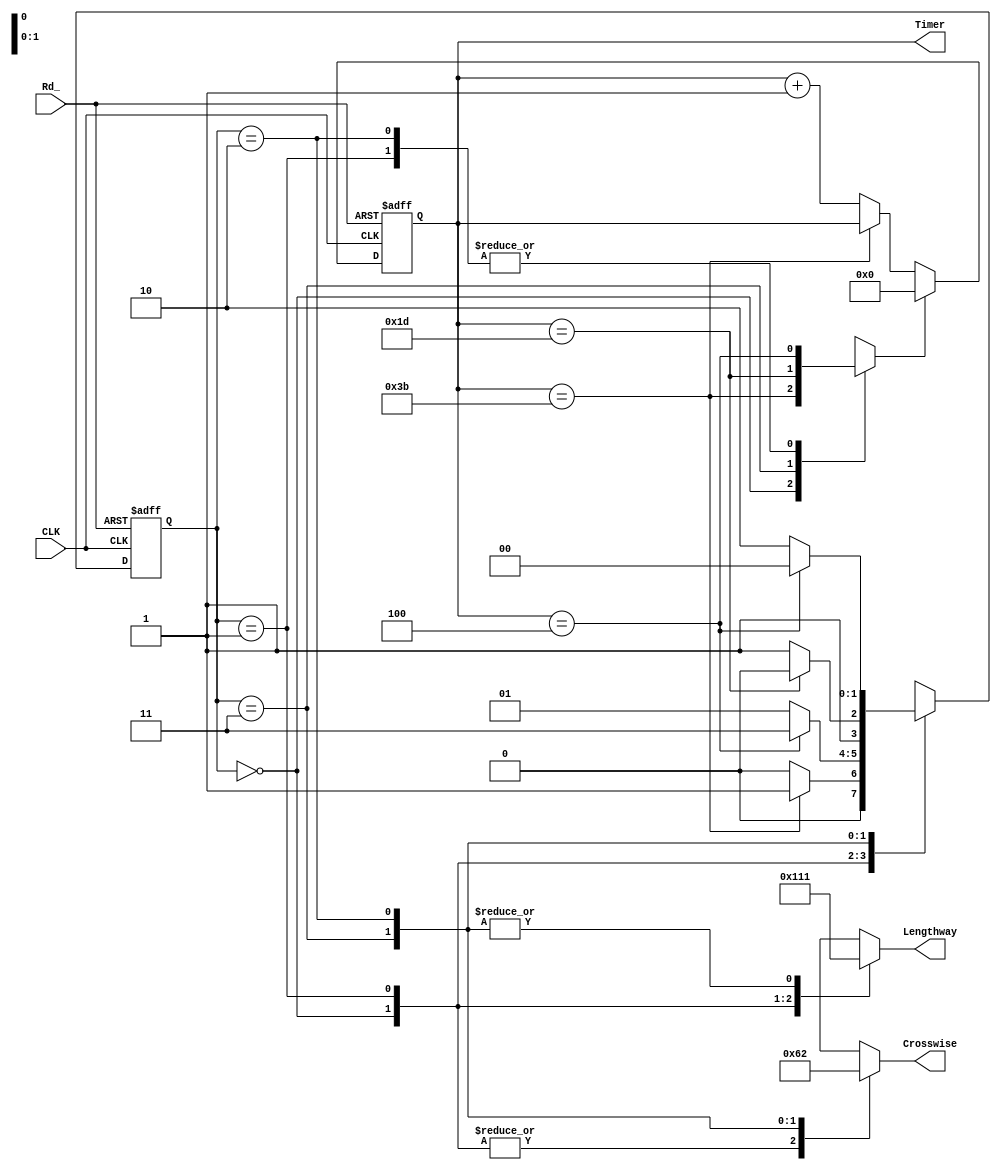
// 
module traffic (
    input CLK, Rd_,    // CLKRd_
    output reg[2:0] Lengthway, Crosswise,   // 
    output reg [5:0] Timer    // 
  );

  // 
  parameter S0 = 2'b00, S1 = 2'b01, S2 = 2'b11, S3 = 2'b10;
  // 
  wire Tl, Ts, Ty;
  // 
  reg St;
  reg [1:0] CurrentState, NextState;

  // 
  always @(posedge CLK, negedge Rd_)
  begin
    if(~Rd_)
      Timer = 0;
    else if(St)
      Timer = 0;
    else if(Timer==59)
      Timer = Timer;
    else
      Timer = Timer + 1;
  end
  assign Ty = Timer == 4;
  assign Ts = Timer == 29;
  assign Tl = Timer == 59;

  // 
  always @(posedge CLK, negedge Rd_)
  begin
    if(~Rd_)
      CurrentState <= S0;
    else
      CurrentState <= NextState;
  end

  // 
  always @(CurrentState, Tl, Ts, Ty)
  begin
    case(CurrentState)
      S0 :
      begin
        NextState <= Tl ? S1: S0;
        St <= Tl;
      end
      S1 :
      begin
        NextState <= Ty? S2: S1;
        St <= Ty;
      end
      S2 :
      begin
        NextState <= Ts ? S3: S2;
        St <= Ts;
      end
      S3 :
      begin
        NextState <= Ty ? S0: S3;
        St <= Ty;
      end
    endcase
  end

  // 
  always @(CurrentState)
  begin
    case(CurrentState)
      S0 :
      begin
        Lengthway <= 3'b100;
        Crosswise <= 3'b001;
      end
      S1 :
      begin
        Lengthway <= 3'b010;
        Crosswise <= 3'b001;
      end
      S2 :
      begin
        Lengthway <= 3'b001;
        Crosswise <= 3'b100;
      end
      S3 :
      begin
        Lengthway <= 3'b001;
        Crosswise <= 3'b010;
      end
    endcase
  end
endmodule